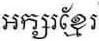
អក្សរខ្មែរ